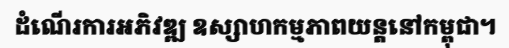
ដំណើរការអភិវឌ្ឍ ឧស្សាហកម្មភាពយន្តនៅកម្ពុជា។